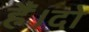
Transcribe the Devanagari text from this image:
हैं।दो